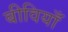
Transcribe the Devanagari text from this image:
बीवियाँ